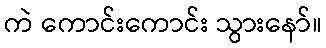
ကဲ ကောင်းကောင်း သွားနော်။